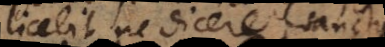
licebit ne dicere arte